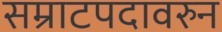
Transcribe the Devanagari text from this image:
सम्राटपदावरुन